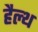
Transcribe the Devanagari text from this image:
हैल्‍थ